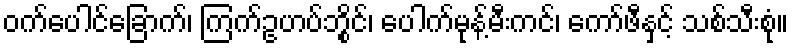
ဝက်ပေါင်ခြောက်၊ ကြက်ဥဟပ်ဘွိုင်၊ ပေါက်မုန့်မီးကင်၊ ကော်ဖီနှင့် သစ်သီးစုံ။